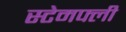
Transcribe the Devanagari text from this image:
स्टेमफ्ली